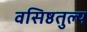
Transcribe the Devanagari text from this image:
वसिष्ठतुल्य